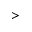
>